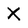
Character: X